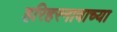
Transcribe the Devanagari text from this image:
हरिहरनावाच्या